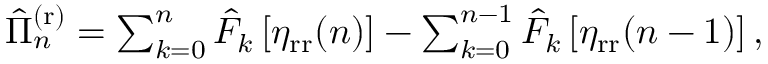
\begin{array} { r } { \hat { \Pi } _ { n } ^ { \mathrm { ( r ) } } = \sum _ { k = 0 } ^ { n } \hat { F } _ { k } \left[ \eta _ { \mathrm { r r } } ( n ) \right] - \sum _ { k = 0 } ^ { n - 1 } \hat { F } _ { k } \left[ \eta _ { \mathrm { r r } } ( n - 1 ) \right] , } \end{array}